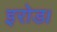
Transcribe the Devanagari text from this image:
इरोड।